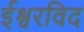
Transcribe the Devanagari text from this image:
ईश्वरविद